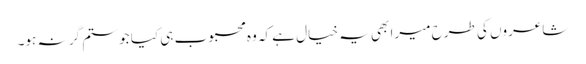
شاعروں کی طرح میرا بھی یہ خیال ہے کہ وہ محبوب ہی کیا جو ستم گر نہ ہو۔